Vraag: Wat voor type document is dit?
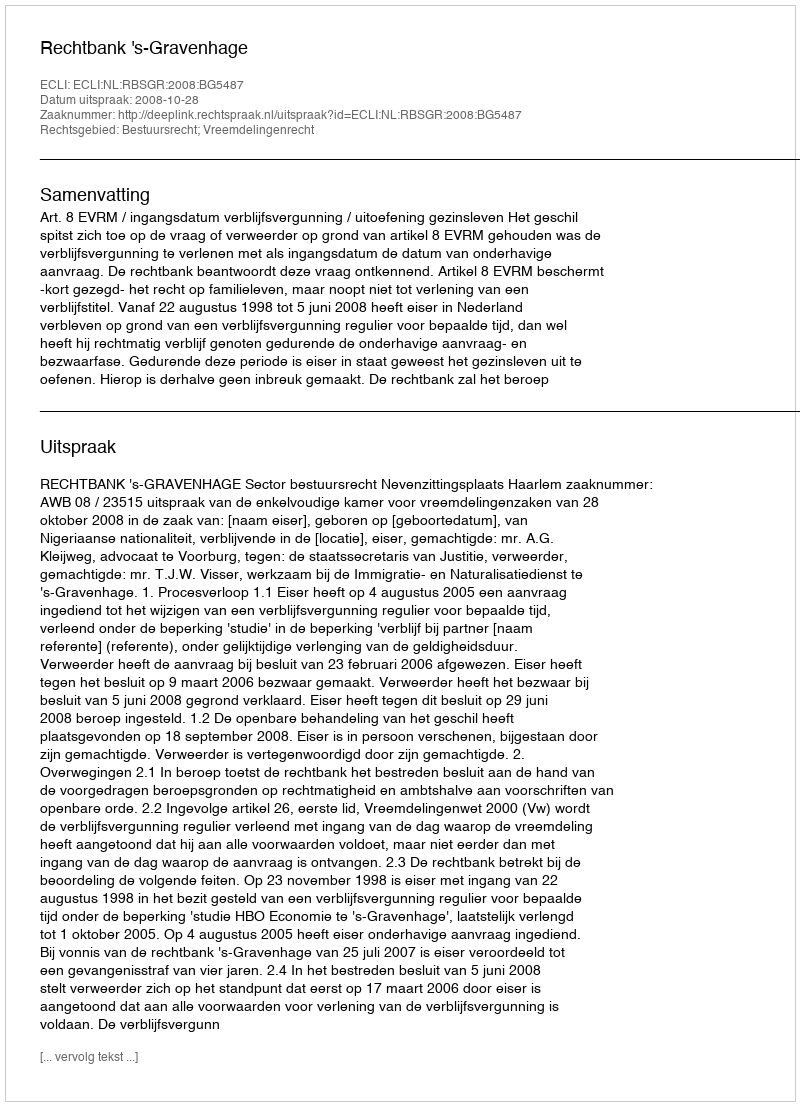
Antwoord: Uitspraak